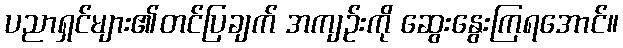
ပညာရှင်များ၏တင်ပြချက် အကျဉ်းကို ဆွေးနွေးကြရအောင်။